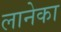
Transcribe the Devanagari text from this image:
लानेका